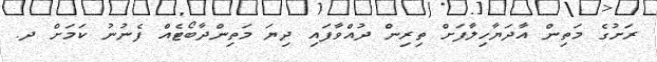
ރަށުގެ މަތިން އާދަޔާހިލާފަށް ތިރިން ދުއްވާފައި ދިޔަ މަތިންދާބޯޓެއް ފެނުނު ކަމަށް ދ.